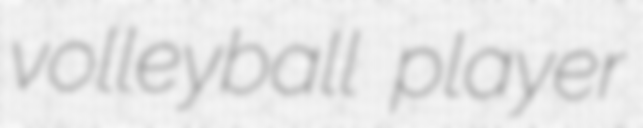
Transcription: volleyball player